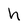
Character: h